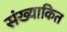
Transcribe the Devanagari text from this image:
संख्याकित